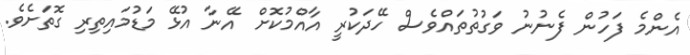
އެންމެ ފަހުން ފެނުނު ވަގުތުތައްވެސް ހޭދަކުރީ އާއްމުކޮށް އޭނާ އުޅޭ މަޑުމައިތިރި ގޮތަށެވެ.